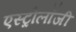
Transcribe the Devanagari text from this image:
एस्‍ट्रोलॉजी